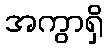
အကွာရှိ